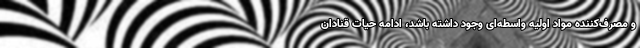
و مصرف‌کننده مواد اولیه واسطه‌ای وجود داشته باشد، ادامه حیات قنادان